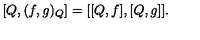
\left[ Q , ( f , g ) _ { Q } \right] = [ [ Q , f ] , [ Q , g ] ] .